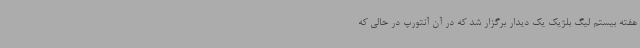
هفته بیستم لیگ بلژیک یک دیدار برگزار شد که در آن آنتورپ در حالی که